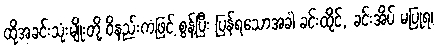
ထိုအခင်းသုံးမျိုးတို့ ဝိနည်းကံဖြင့် စွန့်ပြီး ပြန်ရသောအခါ ခင်းထိုင်, ခင်းအိပ် မပြုရ၊